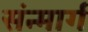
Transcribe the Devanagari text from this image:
संन्मार्ग